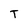
Character: T